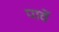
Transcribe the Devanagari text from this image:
पार्वे